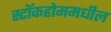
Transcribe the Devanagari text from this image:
स्टॉकहोममधील